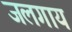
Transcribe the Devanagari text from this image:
जलगाय